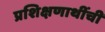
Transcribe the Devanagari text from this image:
प्रशिक्षणाथींची